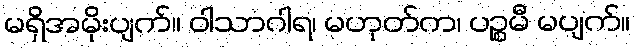
မရှိအမိုးပျက်။ ဝါသာဂါရ၊ မဟုတ်က၊ ပဉ္စမီ မပျက်။